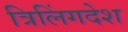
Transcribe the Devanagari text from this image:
त्रिलिंगदेश